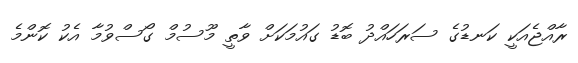
ރާއްޖެއަކީ ކަނޑުގެ ސަރަހައްދު ބޮޑު ގައުމަކަށް ވާތީ މޫސުމް ގޯސްވުމާ އެކު ކޮންމެ